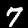
Digit: 7